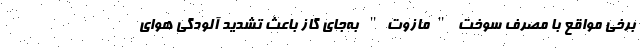
برخی مواقع با مصرف سوخت "مازوت" به‌جای گاز باعث تشدید آلودگی هوای